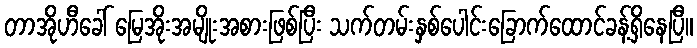
တာအိုဟီခေါ် မြေအိုးအမျိုးအစားဖြစ်ပြီး သက်တမ်းနှစ်ပေါင်းခြောက်ထောင်ခန့်ရှိနေပြီ။